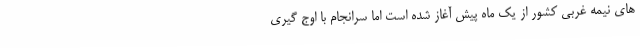
های نیمه غربی کشور از یک ماه پیش آغاز شده است اما سرانجام با اوج گیری